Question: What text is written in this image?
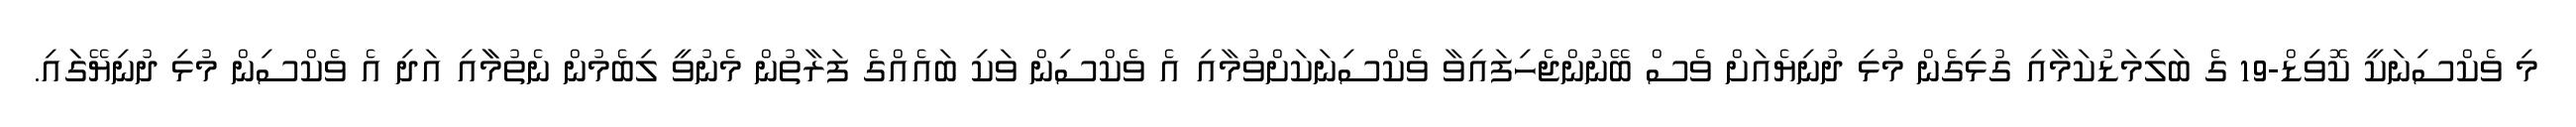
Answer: މި ވެކްސިނަކީ ކޮވިޑް-19 ގެ ބަލިމަޑުކަމާއި ގުޅިގެން މުޅި ދުނިޔެއަށް ވެސް ބޭނުންޖެހިފައިވާ ވެކްސިނަކަށްވުމާއި އެ ވެކްސިން ވަކި ބައެއްގެ ފަރާތުން މެނުވީ ލިބެމުން ނެތުމާާއި އަދި އެ ވެކްސިން މުޅި ދުނިޔޭގަައި.